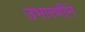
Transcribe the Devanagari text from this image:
उभारणीने